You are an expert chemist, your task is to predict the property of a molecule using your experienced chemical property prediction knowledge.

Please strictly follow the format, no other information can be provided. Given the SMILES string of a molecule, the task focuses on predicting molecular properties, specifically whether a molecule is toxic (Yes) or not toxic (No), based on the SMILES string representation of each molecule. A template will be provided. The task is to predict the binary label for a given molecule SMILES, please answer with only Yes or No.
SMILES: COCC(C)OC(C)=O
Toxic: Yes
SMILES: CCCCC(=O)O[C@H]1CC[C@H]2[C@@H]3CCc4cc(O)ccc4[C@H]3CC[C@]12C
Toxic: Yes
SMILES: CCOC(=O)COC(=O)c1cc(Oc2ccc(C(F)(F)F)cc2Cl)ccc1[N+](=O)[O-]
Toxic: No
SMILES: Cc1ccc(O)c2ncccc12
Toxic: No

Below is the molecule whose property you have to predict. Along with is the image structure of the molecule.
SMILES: O=C1CCc2ccc(OCCCCN3CCN(c4cccc(Cl)c4Cl)CC3)cc2N1
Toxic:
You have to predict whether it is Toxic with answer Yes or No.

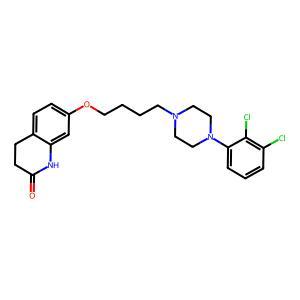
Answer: No